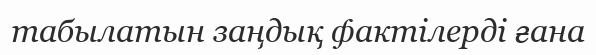
табылатын заңдық фактілерді ғана